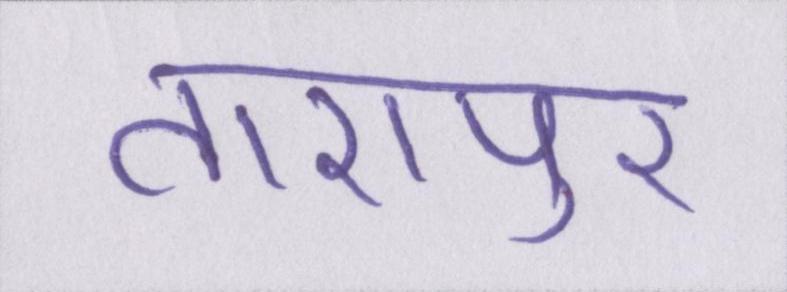
तारापुर